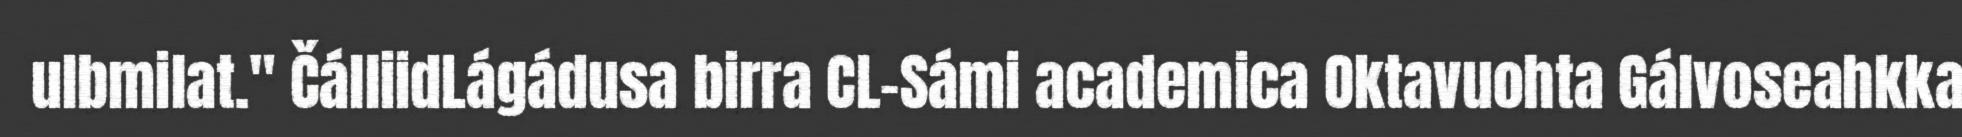
ulbmilat." ČálliidLágádusa birra CL-Sámi academica Oktavuohta Gálvoseahkka